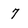
Character: 7